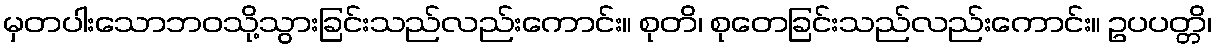
မှတပါးသောဘဝသို့သွားခြင်းသည်လည်းကောင်း။ စုတိ၊ စုတေခြင်းသည်လည်းကောင်း။ ဥပပတ္တိ၊